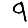
Digit: 9